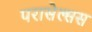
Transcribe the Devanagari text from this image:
परासेल्सस